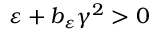
\varepsilon + b _ { \varepsilon } \gamma ^ { 2 } > 0